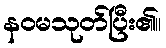
နဝမသုတ်ပြီး၏။